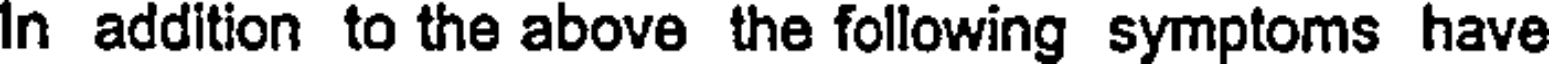
In addition to the above the following symptoms have